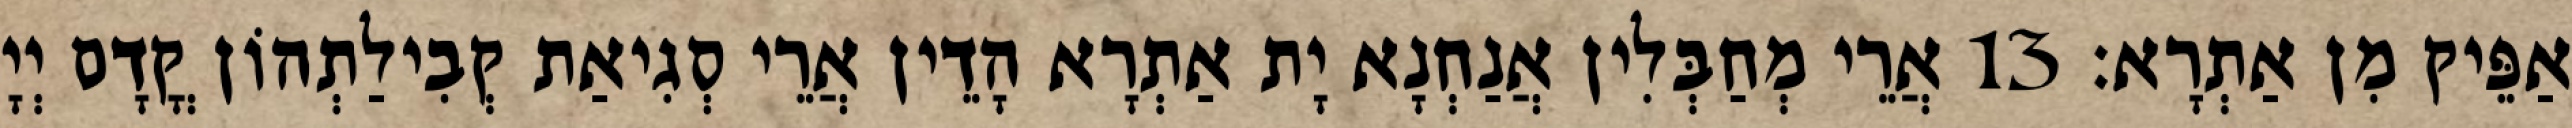
אַפֵּיק מִן אַתְרָא׃ 13 אֲרֵי מְחַבְּלִין אֲנַחְנָא יָת אַתְרָא הָדֵין אֲרֵי סְגִיאַת קְבִילַתְהוֹן קֳדָם יְיָ